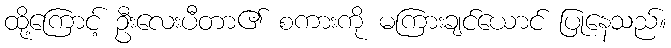
ထို့ကြောင့် ဦးလေးပီတာ၏ စကားကို မကြားချင်ယောင် ပြုနေသည်။